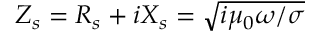
Z _ { s } = R _ { s } + i X _ { s } = \sqrt { i \mu _ { 0 } \omega / \sigma }